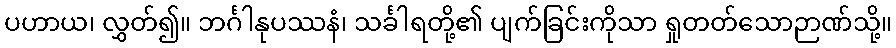
ပဟာယ၊ လွှတ်၍။ ဘင်္ဂါနုပဿနံ၊ သင်္ခါရတို့၏ ပျက်ခြင်းကိုသာ ရှုတတ်သောဉာဏ်သို့။